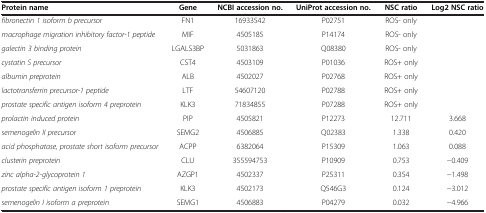
<table><thead><tr><td><b>Protein name</b></td><td><b>Gene</b></td><td><b>NCBI accession no.</b></td><td><b>UniProt accession no.</b></td><td><b>NSC ratio</b></td><td><b>Log2 NSC ratio</b></td></tr></thead><tbody><tr><td><i>fibronectin 1 isoform b precursor</i></td><td>FN1</td><td>16933542</td><td>P02751</td><td>ROS- only</td><td> </td></tr><tr><td><i>macrophage migration inhibitory factor-1 peptide</i></td><td>MIF</td><td>4505185</td><td>P14174</td><td>ROS- only</td><td> </td></tr><tr><td><i>galectin 3 binding protein</i></td><td>LGALS3BP</td><td>5031863</td><td>Q08380</td><td>ROS- only</td><td> </td></tr><tr><td><i>cystatin S precursor</i></td><td>CST4</td><td>4503109</td><td>P01036</td><td>ROS+ only</td><td> </td></tr><tr><td><i>albumin preprotein</i></td><td>ALB</td><td>4502027</td><td>P02768</td><td>ROS+ only</td><td> </td></tr><tr><td><i>lactotransferrin precursor-1 peptide</i></td><td>LTF</td><td>54607120</td><td>P02788</td><td>ROS+ only</td><td> </td></tr><tr><td><i>prostate specific antigen isoform 4 preprotein</i></td><td>KLK3</td><td>71834855</td><td>P07288</td><td>ROS+ only</td><td> </td></tr><tr><td><i>prolactin induced protein</i></td><td>PIP</td><td>4505821</td><td>P12273</td><td>12.711</td><td>3.668</td></tr><tr><td><i>semenogelin II precursor</i></td><td>SEMG2</td><td>4506885</td><td>Q02383</td><td>1.338</td><td>0.420</td></tr><tr><td><i>acid phosphatase, prostate short isoform precursor</i></td><td>ACPP</td><td>6382064</td><td>P15309</td><td>1.063</td><td>0.088</td></tr><tr><td><i>clusterin preprotein</i></td><td>CLU</td><td>355594753</td><td>P10909</td><td>0.753</td><td>−0.409</td></tr><tr><td><i>zinc alpha-2-glycoprotein 1</i></td><td>AZGP1</td><td>4502337</td><td>P25311</td><td>0.354</td><td>−1.498</td></tr><tr><td><i>prostate specific antigen isoform 1 preprotein</i></td><td>KLK3</td><td>4502173</td><td>Q546G3</td><td>0.124</td><td>−3.012</td></tr><tr><td><i>semenogelin I isoform a preprotein</i></td><td>SEMG1</td><td>4506883</td><td>P04279</td><td>0.032</td><td>−4.966</td></tr></tbody></table>